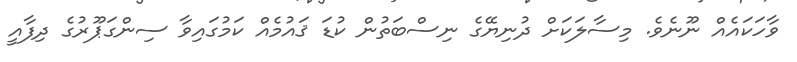
ވާހަކައެއް ނޫނެވެ. މިސާލަކަށް ދުނިޔޭގެ ނިސްބަތުން ކުޑަ ޤައުމެއް ކަމުގައިވާ ސިންގަޕޫރުގެ ދިފާއީ